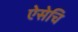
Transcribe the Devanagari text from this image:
ऐसेचि